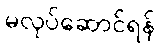
မလုပ်ဆောင်ရန်